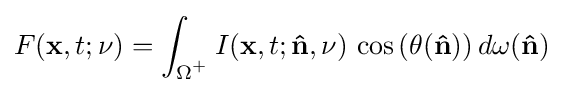
F(\mathbf {x} ,t;\nu )=\int _{\Omega ^{^{+}}}I(\mathbf {x} ,t;\mathbf {\hat {n}} ,\nu )\,\cos \,(\theta (\mathbf {\hat {n}} ))\,d\omega (\mathbf {\hat {n}} )